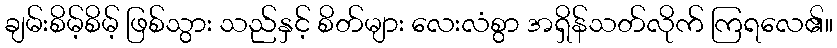
ချမ်းစိမ့်စိမ့် ဖြစ်သွား သည်နှင့် စိတ်များ လေးလံစွာ အရှိန်သတ်လိုက် ကြရလေ၏။